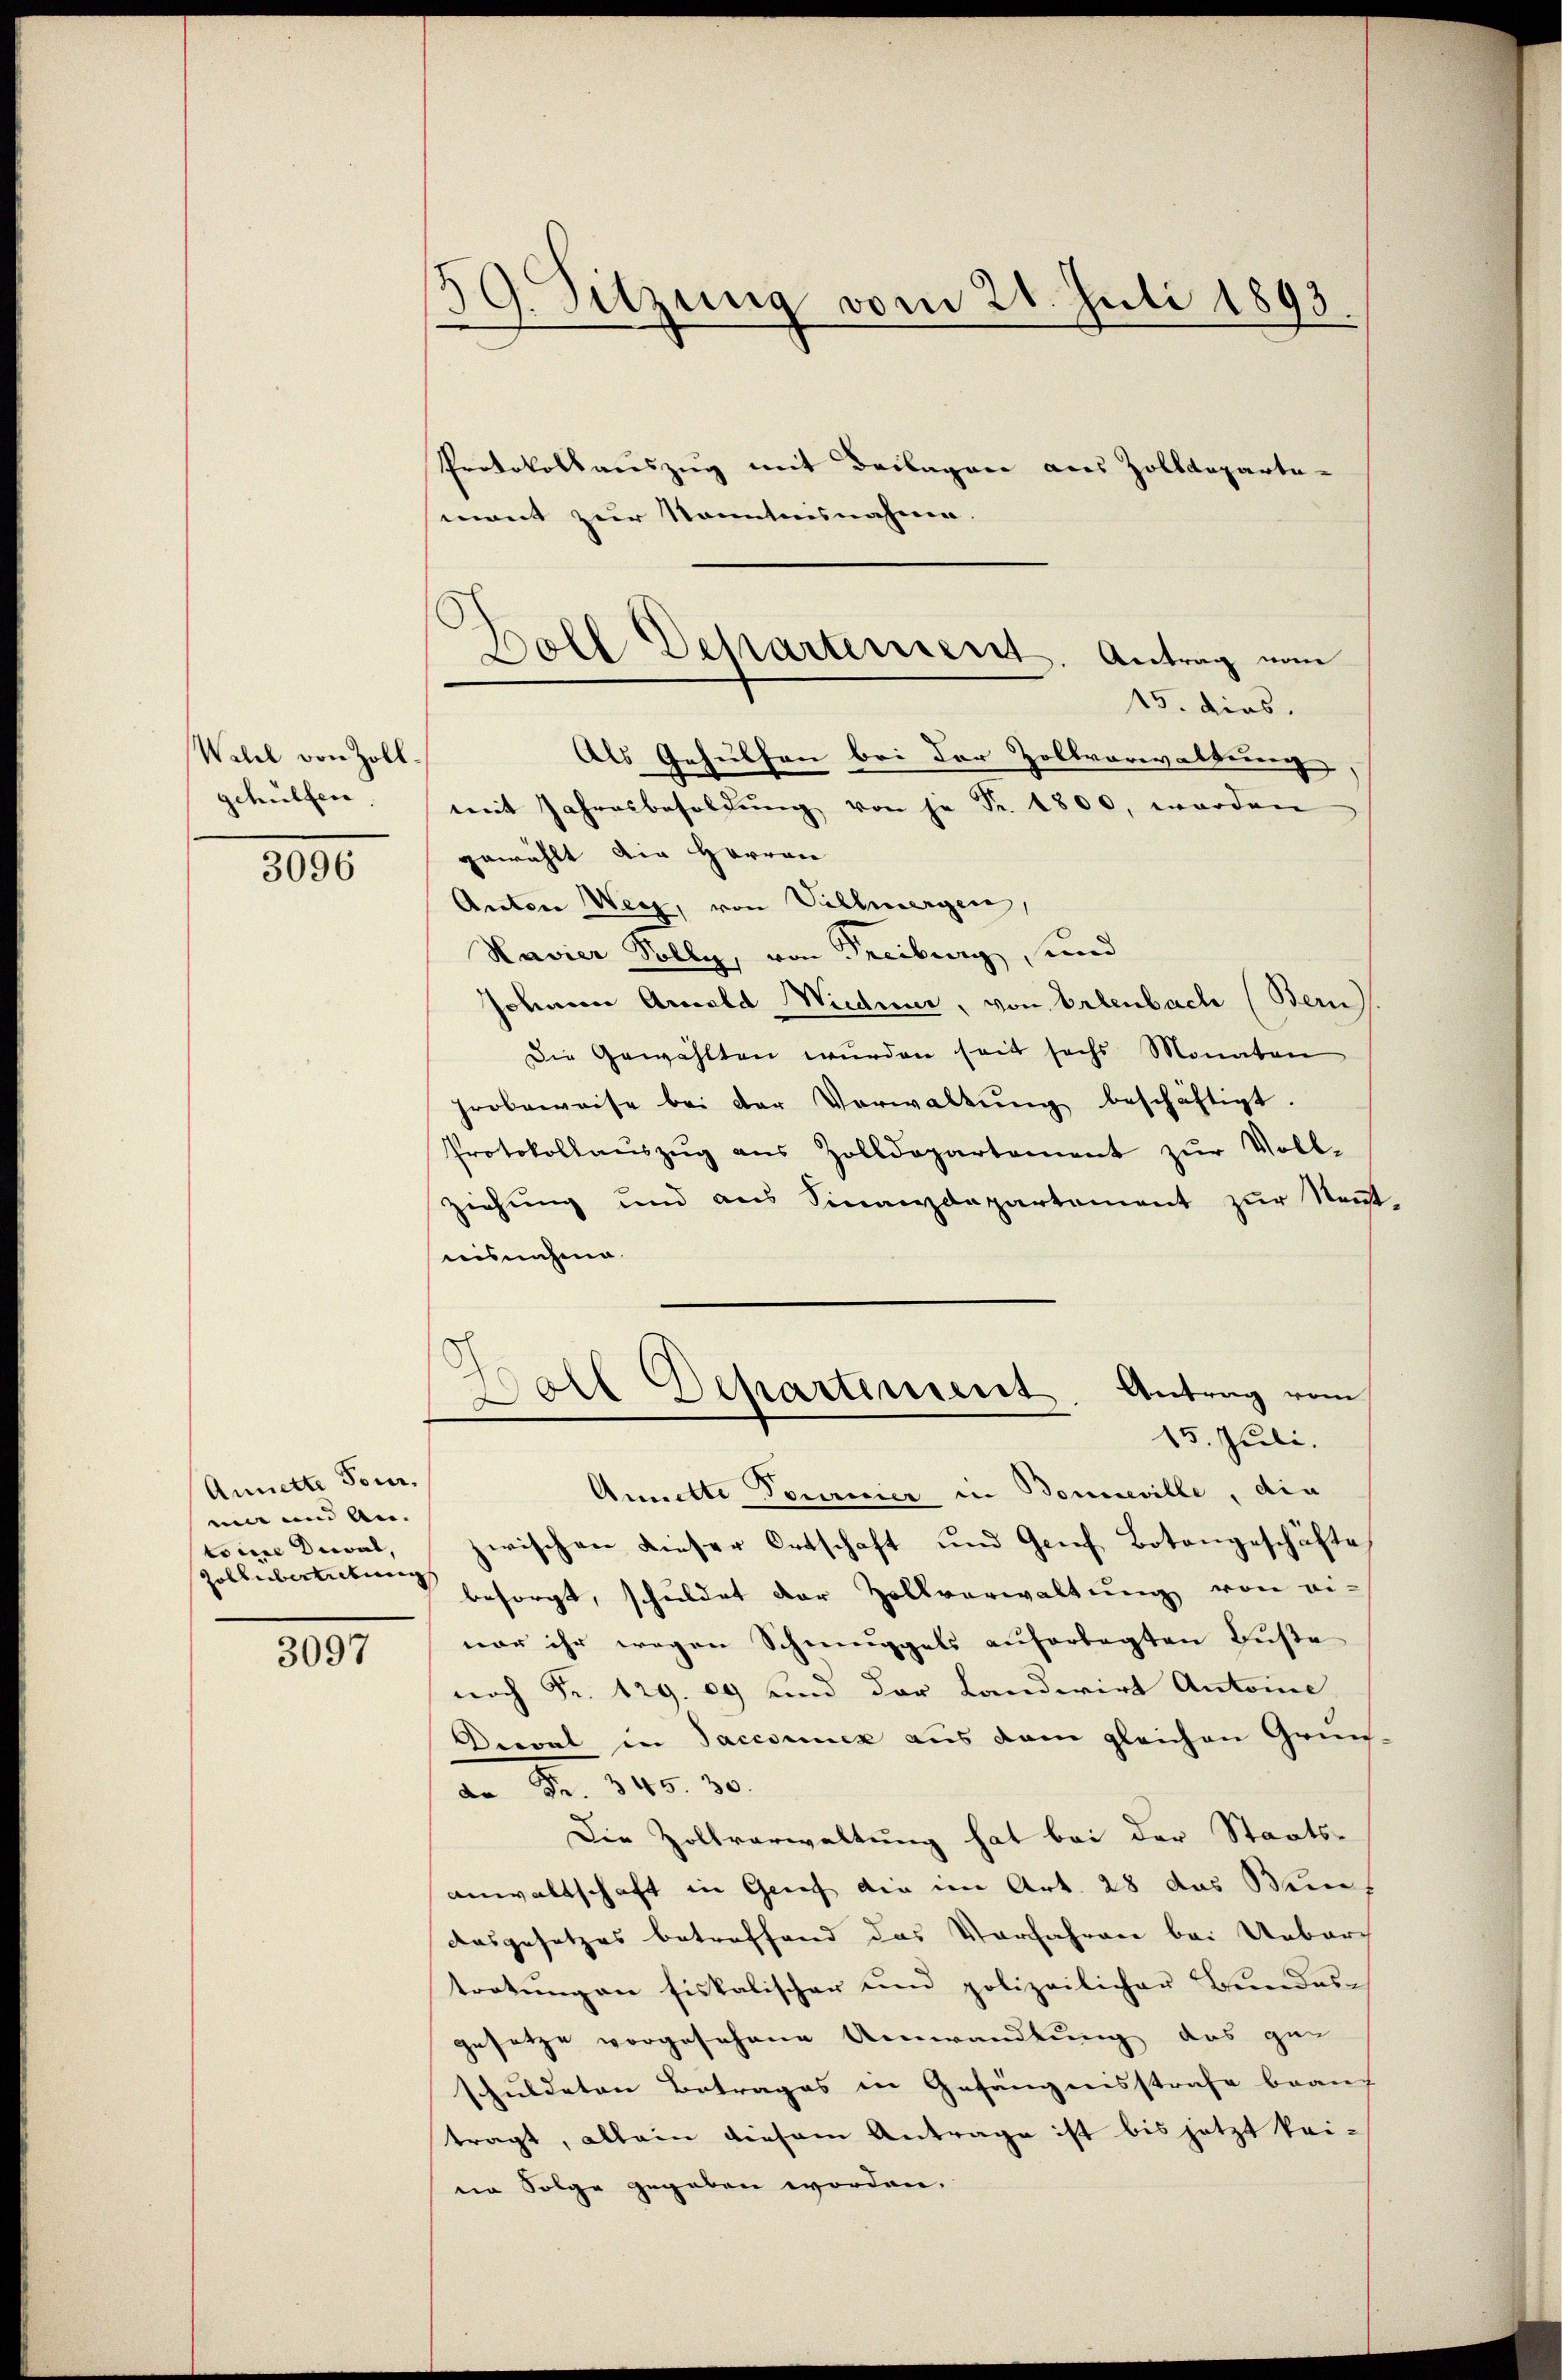
Wahel von Zoll
gehülfen.

3096

Annette Tour.
min und An- |
toire Dial,
Zollübertretung

3097

39. Sitzung vom 21. Juli 1893

Protokollauszug mit Beilagen aus Zolldepartemont zur Kenntnisnahme.

Boll Departement. Antrag von
15. dies.
Als Gehülfen bei der Zollvorwaltung

mit Jahresbesoldŭng von je Fr. 1800, worden
gewählt die Harren
Anton Weg, von Villmergen,
Havier Solly, von Freiburg, und
Johanne Amold Wiedene, von Erlenbach (Bern
Die Gewählten wurden seit sechs Monaten
hrobeweise bei der Verwaltŭng beschäftigt.
Protokollaŭszŭg ans Zolldepartement zŭr Voll-
ziehung und aus Sinanzdepartement zŭr Keṅt-
uisnahme
Annette Tourier in Bonneville, die
zwischen dieser Ortschaft und Genf Botangeschäfte
besorgt, schuldet der Zollverwaltung von ei-
nar ihr wegen Schmuggels auferlegten Fuße
nach Fr. 129. 09 und der Landwirt Antone
Dieval in Saccouck aus dem gleichen Grünan Fr. 840. 30.
Die Zollverwaltung hat bei der Staats-
anwaltschaft in Grief die im Art. 28 das Meuch
Ausgesetzes betreffend das Verfahren bei Uebertretŭng an fiskalischer und polizeilicher Bundesgesetze vorgesehene Umwandlung das gan
schuldeten Betrages in Gefängensstrafe braus |
tragt, allein diesem Antrage ist bis jetzt kei-
ein Folge gegeben worden.

8
Goll Departement. Antrag vom
15. Juli.